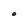
Character: O